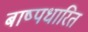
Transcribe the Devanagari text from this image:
बाष्पधारित